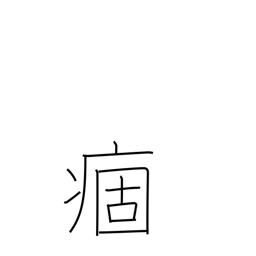
Meaning: chronic illness